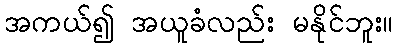
အကယ်၍ အယူခံလည်း မနိုင်ဘူး။